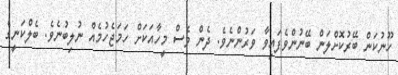
ހޫނުކަން ބޭރުކޮށްލަން ބޭނުންވެފައިވާ ވަރުންނެވެ. ދެން ވެސް މީހާއަކަށް ހަމަޖެހުމެއް ނުލިބުނެވެ. ބެލްކަނީގެ